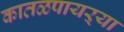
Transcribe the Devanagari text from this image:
कातळपायऱ्या